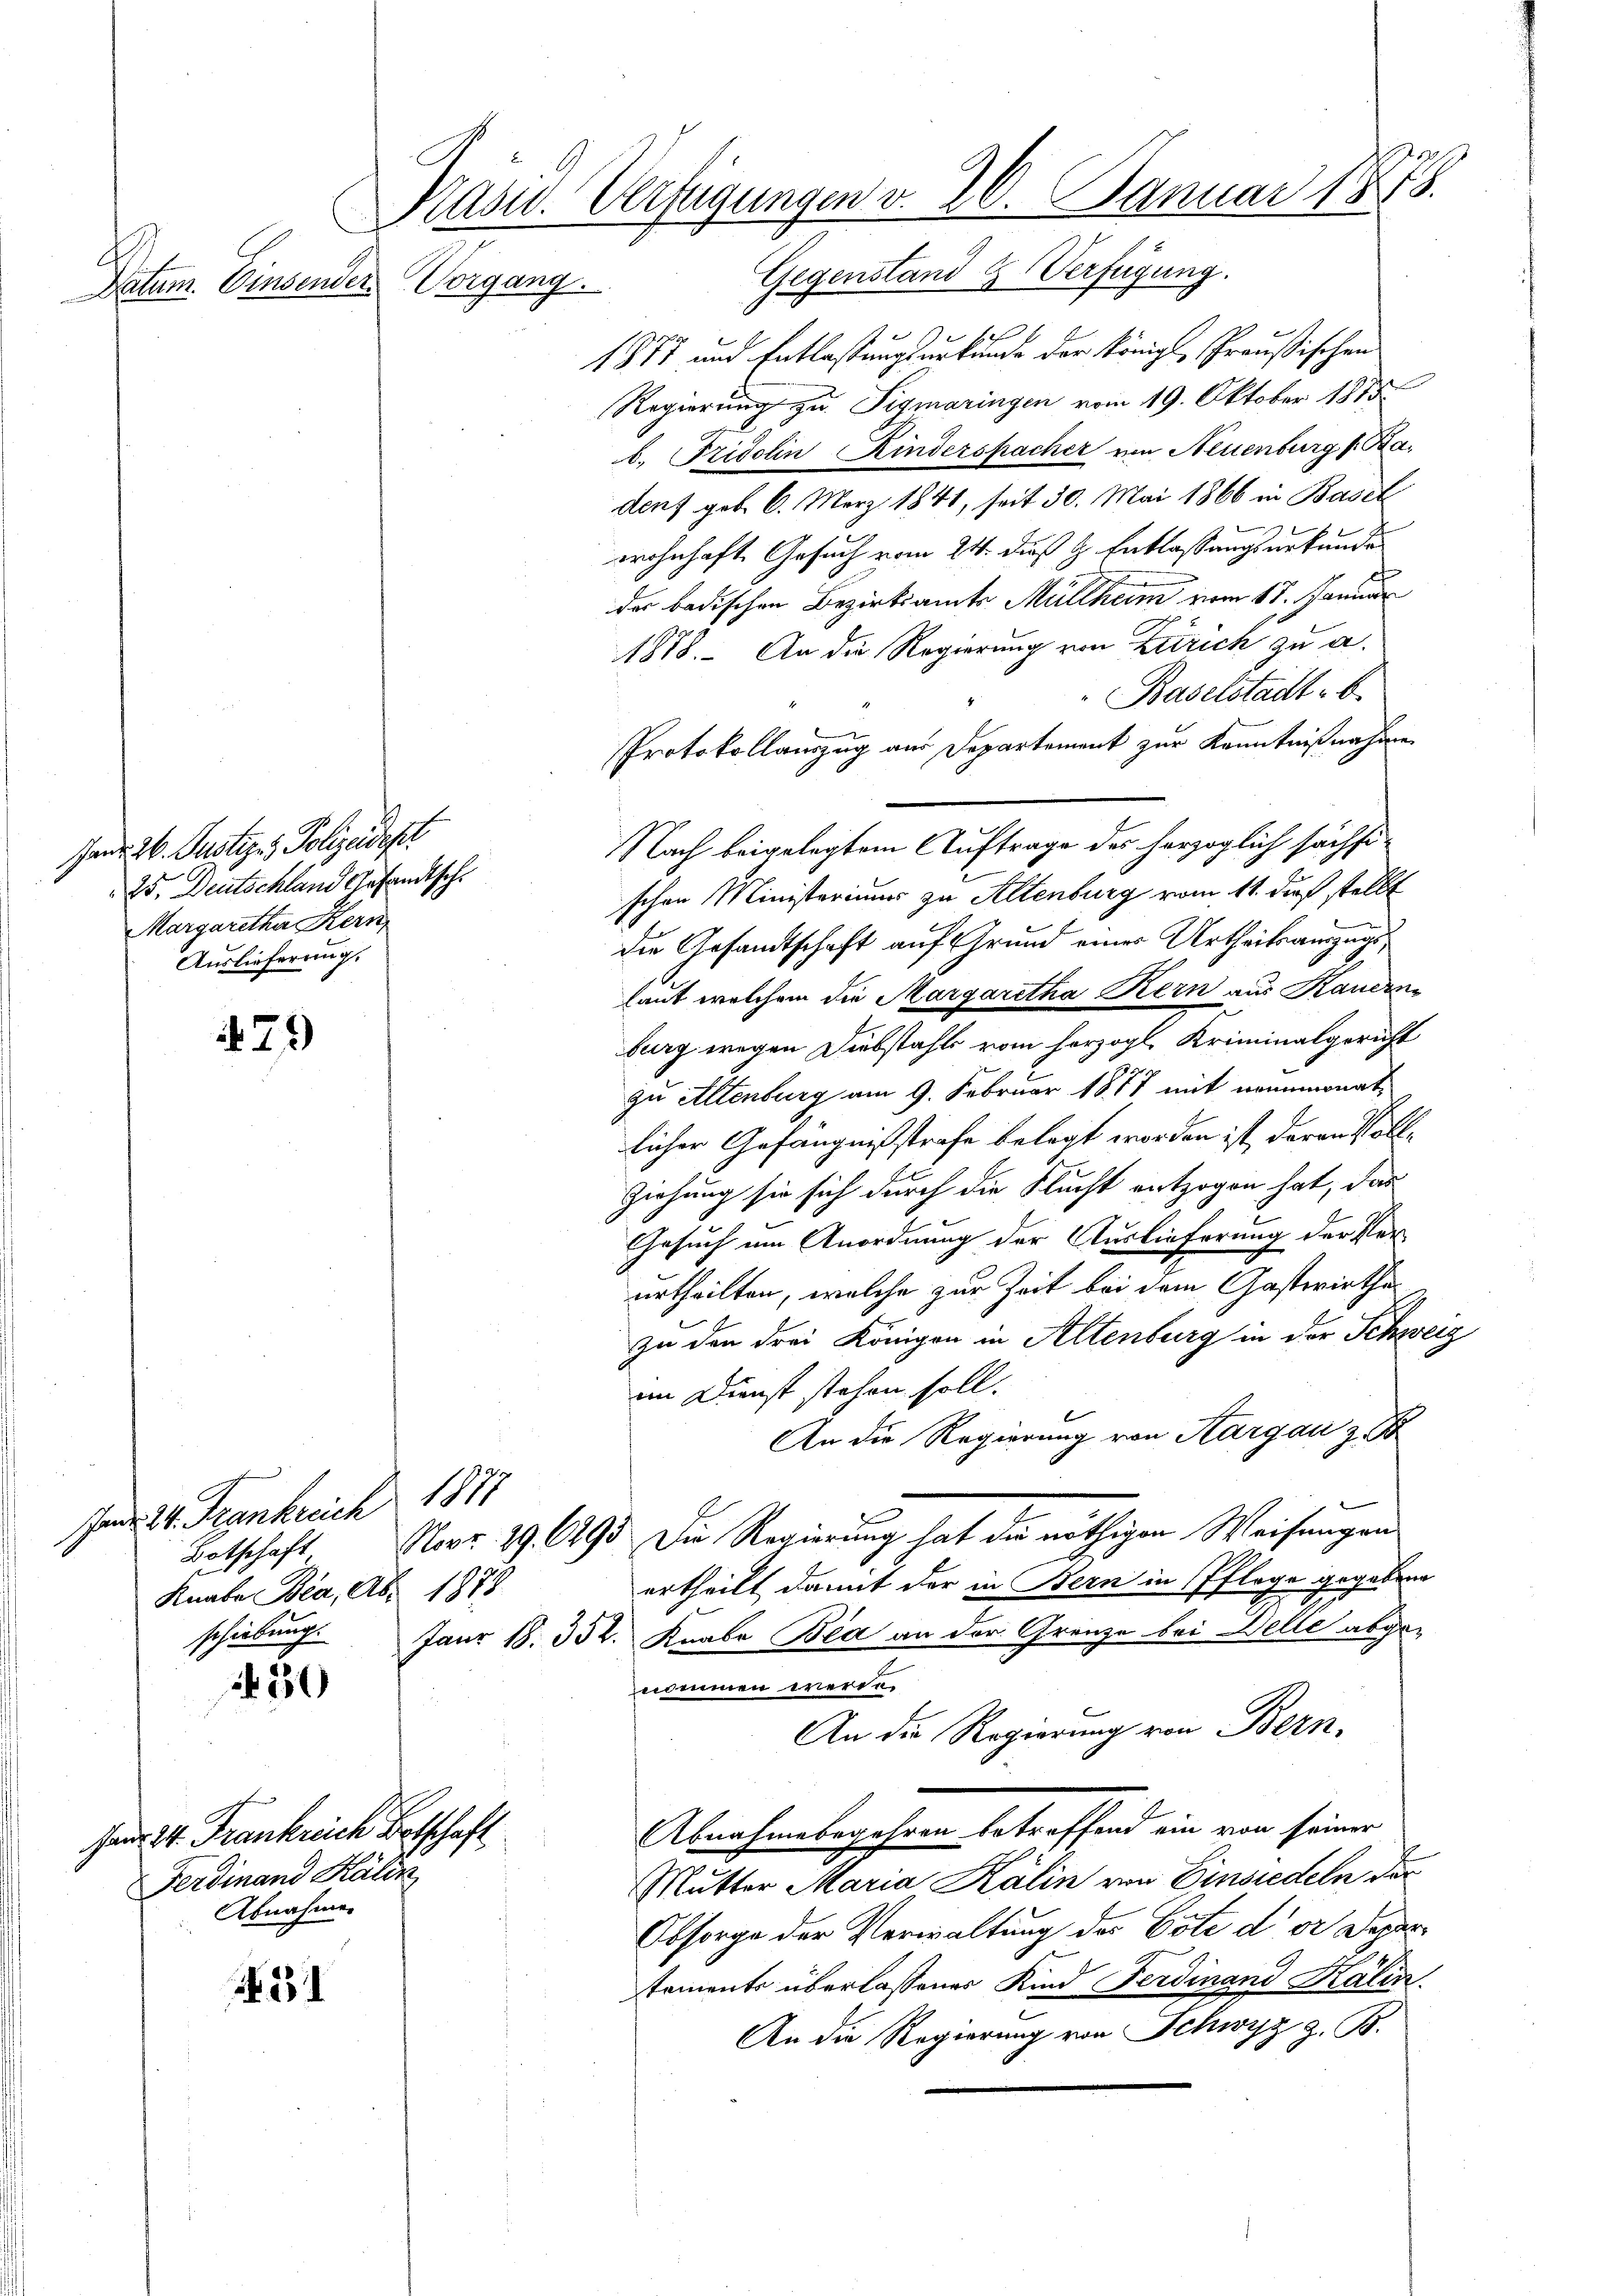
Datum. Einsender

Jan. 2. Justiz, Polizeidest
25. Deutschland Gesandtsch
Margaretha Kern
Auslieferung.

79

Janr 24. Frankreich 1871
Botschaft
Knabe Bea, Ab. 1878

430

Fanr 24. Frankreich Botschaft
Ferdinand Kälin
Abnahme.

1

Präsid. Verfügungen v. 26. Januar 1878.
Vorgang. Gegenstand & Verfügung.

1877 und Entlaßungsurkunde der Königl. Preußischen
Regierung zu Tigmaringen vom 19. Oktober 1875
b. Fridolin Kinderspacher von Neuenburg Badorf geb. 6. März 1841, seit 30. Mai 1866 in Basel
wohnhaft Gesuch vom 24. dieß H. Entlassungsurkunde
der badischen Bezirksamts Müllheim vom 17. Januar
1818. An die Regierung von Zürich zu a.
Baselstadt b
Protokollauszug aus Departement zur Kenntnißnahme
Nach beigelegtem Auftrage des herzoglich sächsischen Ministeriums zu Altenburg vom 11. dieß stellt
die Gesandtschaft auf Grund einer Urtheilsauszugslaut welchem die Margaretha Kern aus Kauern
burg wegen Diebstahls vom herzogl. Kriminalgericht
zu Altenburg am 9. Februar 1877 mit neinmonatlicher Gefängnißstrafe belegt worden ist, daran soll¬
Ziehung sie sich durch die Flucht entzogen hat, das
Gesuch um Anordnung der Auslieferung der Verurtheilten, welche zur Zeit bei dem Gasteriethezu den drei Königen in Altenburg in der Schweiz
am Dienst stehen soll.
t
An die Regierung von Aargau zu
Novr 29. 6493 die Regierung hat die nöthigen Weisungen
ertheilt, damit der in Bern in Pflege gegeben
schiebung. Janr 18. 332. Knabe Bea an der Grenze bei Welle abge-
nommen werde.
An die Regierung von Bern,
Abnahmebegehren betreffend ein von seiner
Mutter Maria Kälin von Einsiedeln der
Obsorge der Verwaltung des Bote der Departements überlassener Kind Ferdinand Kalin
An die Regierung von Schwyz z. B.

2